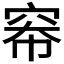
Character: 𪩶